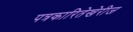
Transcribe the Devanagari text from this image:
पत्रकारितेखेरीज